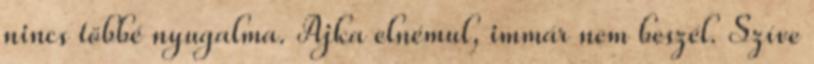
nincs többé nyugalma. Ajka elnémul, immár nem beszél. Szíve